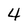
Character: 4